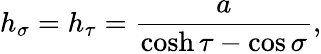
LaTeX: h_{\sigma}=h_{\tau}=\frac{a}{\cosh\tau-\cos\sigma},